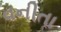
વનીતા